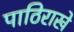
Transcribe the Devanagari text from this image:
पाठिराखे